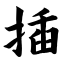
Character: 插